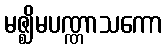
မဇ္ဈိမပဏ္ဏာသကော